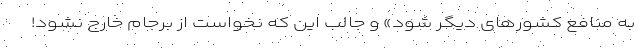
به منافع کشورهای دیگر شود» و جالب این که نخواست از برجام خارج نشود!